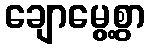
ချောမွေ့စွာ